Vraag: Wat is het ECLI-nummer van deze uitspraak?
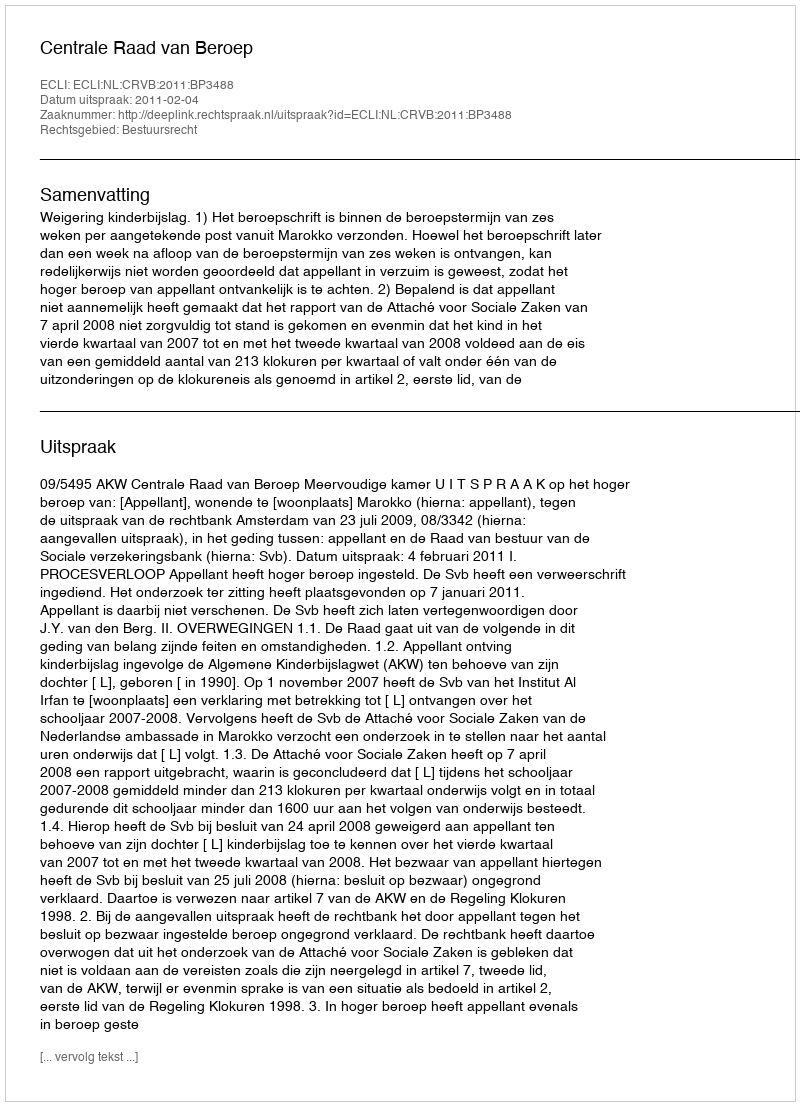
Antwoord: ECLI:NL:CRVB:2011:BP3488